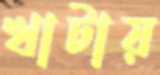
খাটায়